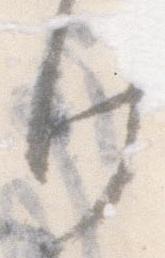
け